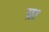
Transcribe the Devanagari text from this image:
प्र।